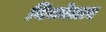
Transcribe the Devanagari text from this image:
निकोलाए